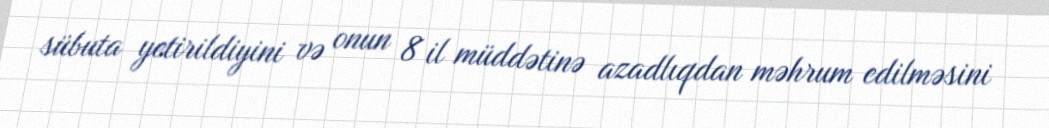
sübuta yetirildiyini və onun 8 il müddətinə azadlıqdan məhrum edilməsini